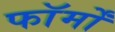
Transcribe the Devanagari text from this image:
फाॅर्मों